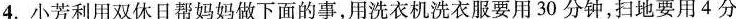
4.小芳利用双休日帮妈妈做下面的事，用洗衣机洗衣服要用30分钟，扫地要用4分